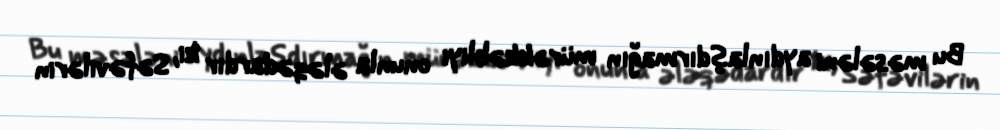
Bu məsələni aydınlaşdırmağın mürəkkəbliyi onunla ələqədardır ki, Səfəvilərin